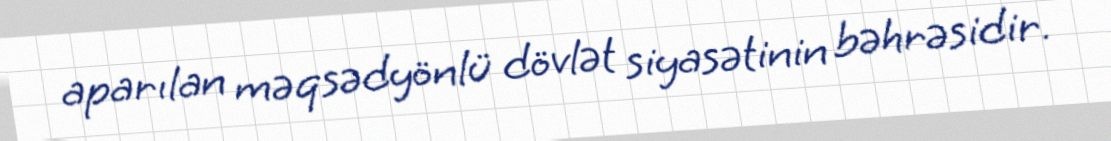
aparılan məqsədyönlü dövlət siyasətinin bəhrəsidir.